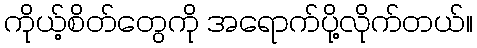
ကိုယ့်စိတ်တွေကို အရောက်ပို့လိုက်တယ်။